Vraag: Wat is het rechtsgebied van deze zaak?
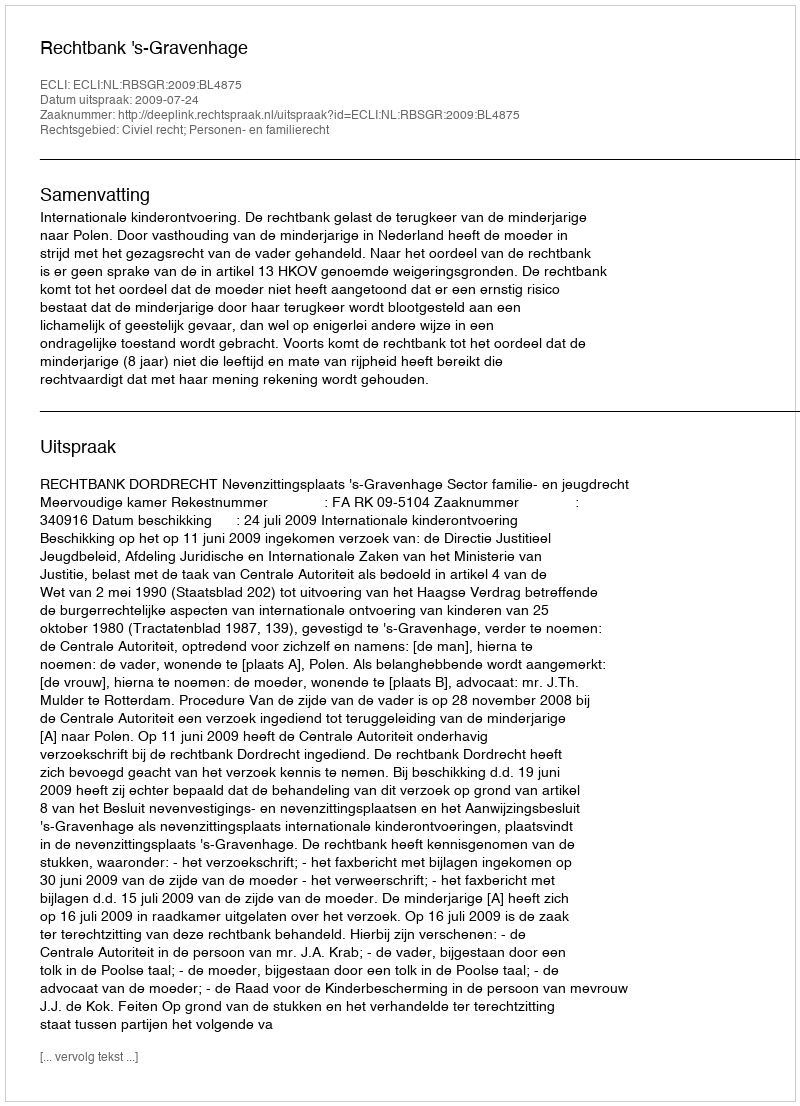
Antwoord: Civiel recht; Personen- en familierecht